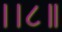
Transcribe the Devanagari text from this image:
।।८॥